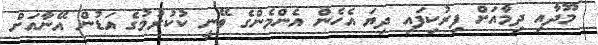
މޫދާއި ދިމާއަށް ފިރުކިފައި ދިޔަ އެހެން އެންމެންގެ ވޭނީ ކުކުރުމުގެ އަޑުން އޭނާއަށް